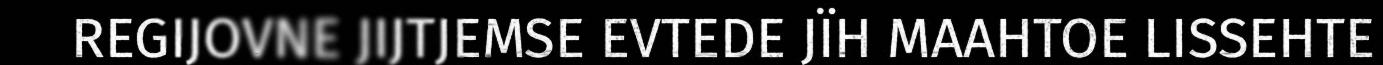
REGIJOVNE JIJTJEMSE EVTEDE JÏH MAAHTOE LISSEHTE